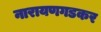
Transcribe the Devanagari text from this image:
नारायणगडकर